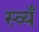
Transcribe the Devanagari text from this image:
स्व्यँ